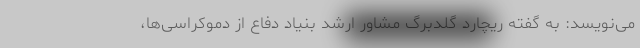
می‌نویسد: به گفته ریچارد گلدبرگ مشاور ارشد بنیاد دفاع از دموکراسی‌ها،